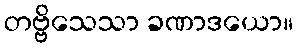
တဗ္ဗိသေသာ ခဏာဒယော။